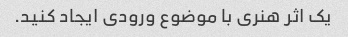
یک اثر هنری با موضوع ورودی ایجاد کنید.